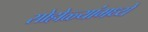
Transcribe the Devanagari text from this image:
सोहोळ्यांमध्ये